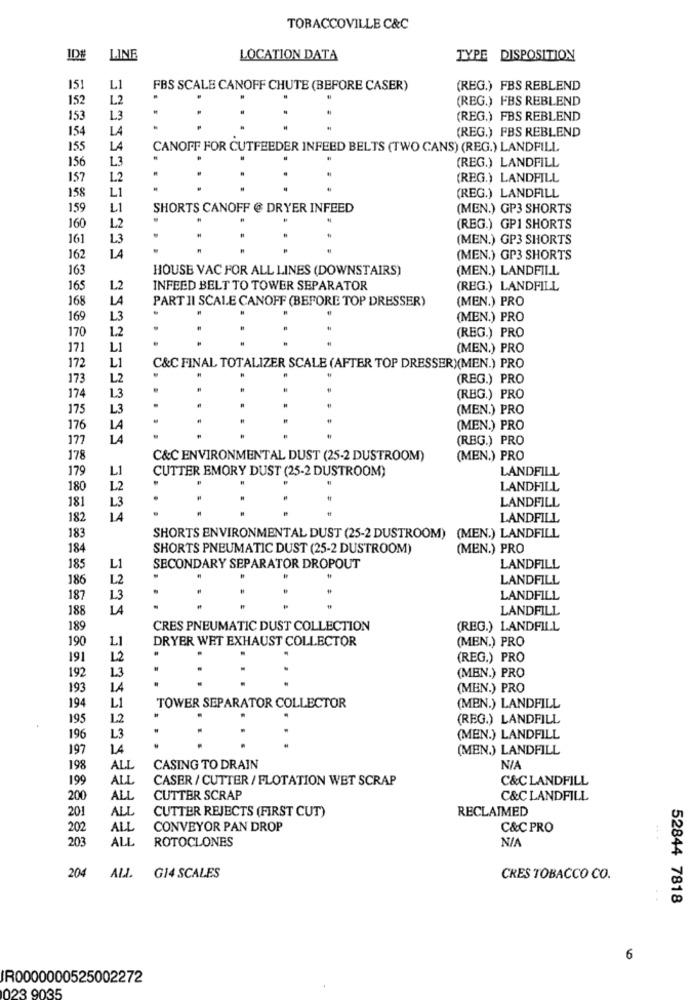
TORACCOVILLE C&C
IDE
LINE
LOCATION DATA
TYPE DISPOSITION
151
L1
FBS SCALE CANOFF CHUTE (BEFORE CASER)
(REG.) FBS REBLEND
152
1.2
(REG.) FBS REBLEND
153
1.3
(REG.) FBS REBLEND
154
LA
(REG.) FBS REBLEND
155
LA
CANOFF FOR CUTFEEDER INFEED BELTS (TWO CANS) (REG.) LANDFILL
156
L.3
(REG.) LANDFILL
157
1.2
(REG.) LANDFILL
158
L1
(REG.) LANDFILL
159
L1
SHORTS CANOFF @ DRYER INFEED
(MEN.) GP3 SHORTS
160
L2
(REG.) GP1 SHORTS
161
L3
(MEN.) GP3 SHORTS
LA
162
(MEN.) GP3 SHORTS
163
HOUSE VAC FOR ALL LINES (DOWNSTAIRS)
(MEN.) LANDFILL
165
L2
INFEED BELT TO TOWER SEPARATOR
(REG.) LANDFILL
168
LA
PART II SCALE CANOFF (BEFORE TOP DRESSER)
(MEN.) PRO
169
L3
(MEN.) PRO
170
1.2
(REG.) PRO
171
L1
(MEN.) PRO
172
L1
C&C FINAL TOTALIZER SCALE (AFTER TOP DRESSER)(MEN.) PRO
173
L2
(REG.) PRO
174
L3
(REG.) PRO
175
L3
(MEN.) PRO
176
LA
(MEN.) PRO
177
LA
(REG.) PRO
178
C&C ENVIRONMENTAL DUST (25-2 DUSTROOM)
(MEN.) PRO
179
L1
CUTTER EMORY DUST (25-2 DUSTROOM)
LANDFILL
180
L2
LANDFILL
181
L3
LANDFILL
182
LA
LANDFILL
183
SHORTS ENVIRONMENTAL DUST (25-2 DUSTROOM) (MEN.) LANDFILL
184
SHORTS PNEUMATIC DUST (25-2 DUSTROOM)
(MEN.) PRO
185
L1
SECONDARY SEPARATOR DROPOUT
LANDFILL
186
L2
LANDFILL
187
1.3
LANDFILL
188
LA
LANDFILL
189
CRES PNEUMATIC DUST COLLECTION
(REG.) LANDFILL
190
L1
DRYER WET EXHAUST COLLECTOR
.
(MEN.) PRO
191
L2
(REG.) PRO
192
1.3
(MEN.) PRO
193
14
(MEN.) PRO
194
L1
TOWER SEPARATOR COLLECTOR
(MEN.) LANDFILL
195
1.2
(REG.) LANDFILL
196
L3
(MEN.) LANDFILL
197
14
(MEN.) LANDFILL
198
ALL
CASING TO DRAIN
NIA
199
ALL
CASER / CUTTER / FLOTATION WET SCRAP
C&CLANDFILL
200
ALL
CUTTER SCRAP
C&CLANDFILL
201
ALL
CUTTER REJECTS (FIRST CUT)
RECLAIMED
202
ALL
CONVEYOR PAN DROP
C&C PRO
203
ALL
ROTOCLONES
NIA
ALL
204
G14 SCALES
CRES TOBACCO CO.
52844 7818
6
IR0000000525002272
023 9035